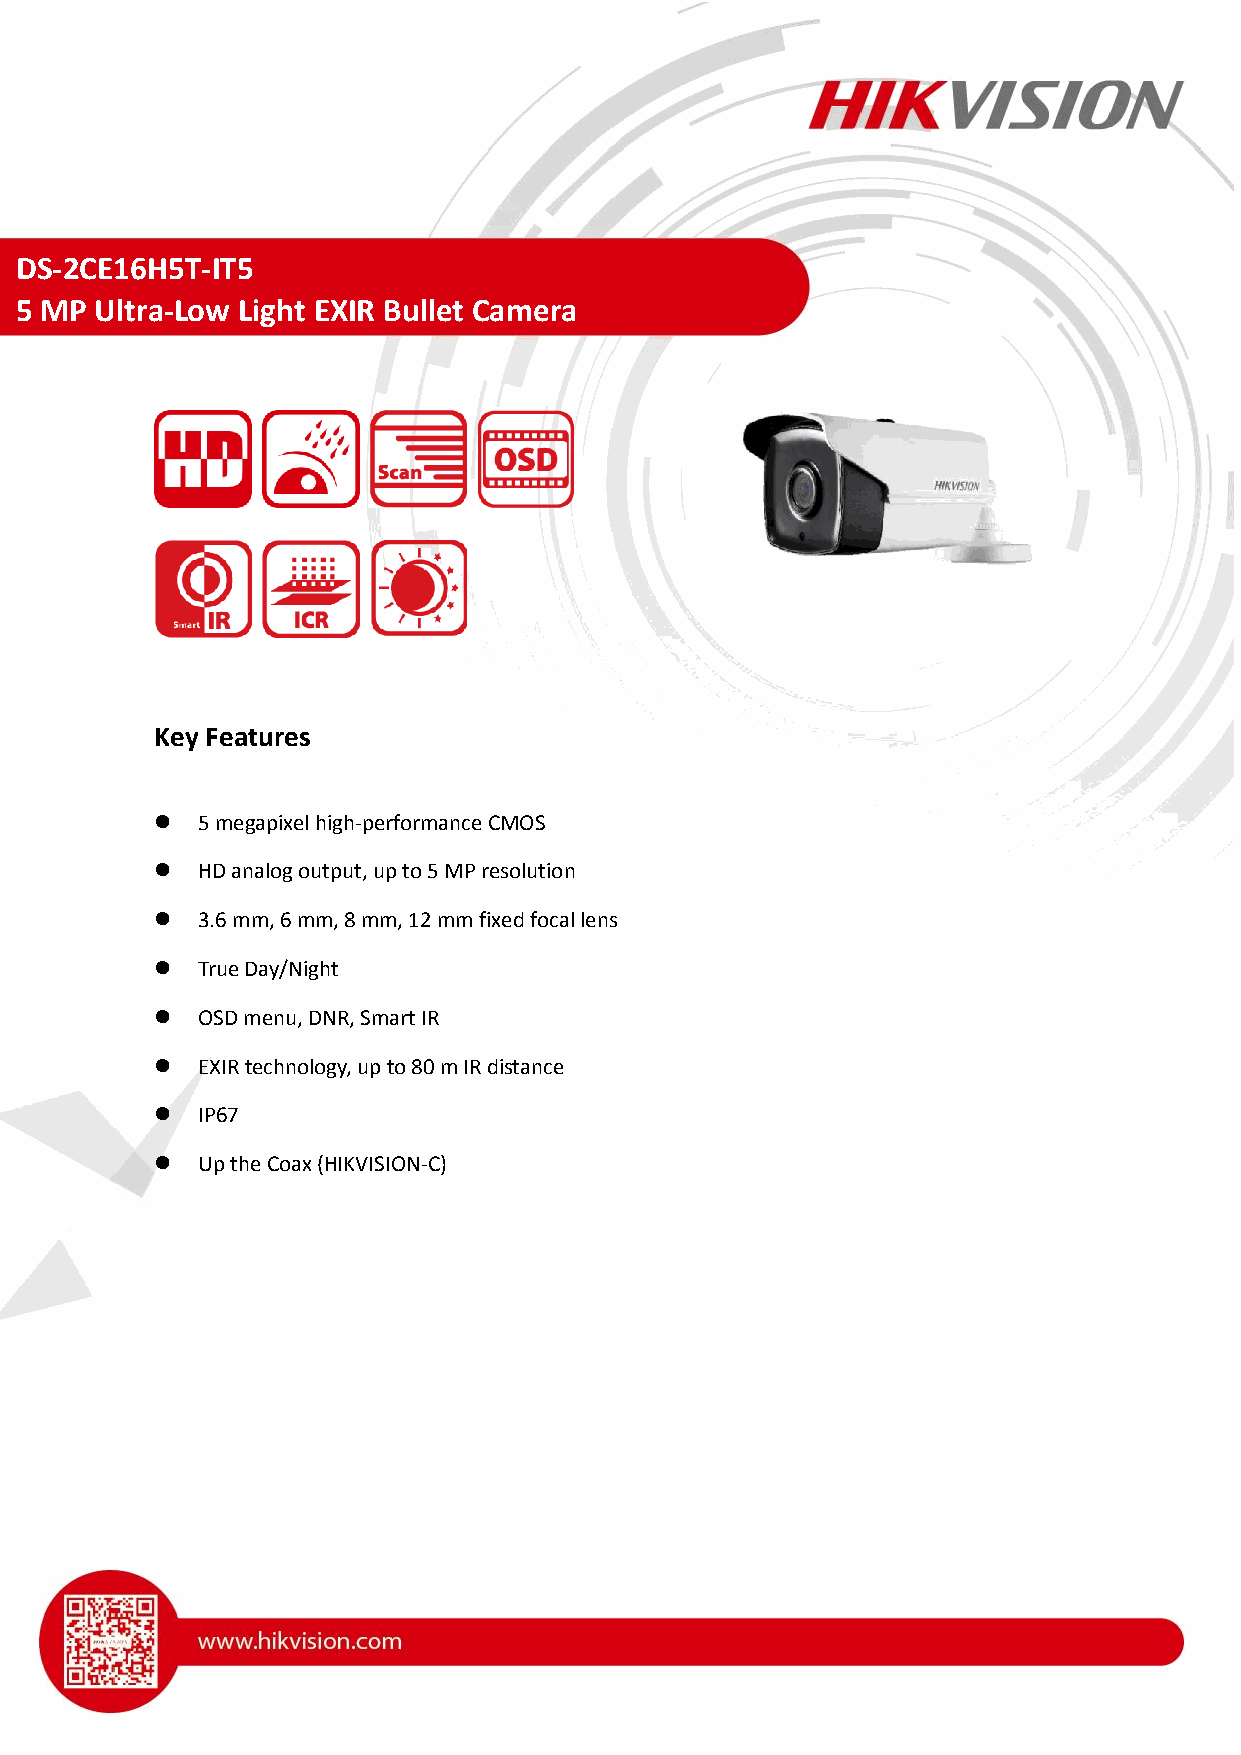
DS-2CE16H5T -IT5
 5 MP Ultra-Low Light EXIR Bullet Camera
 Key Features
   5 megapixel high-performance CMOS
   HD analog output, up to 5 MP resolution
   3.6 mm, 6 mm, 8 mm, 12 mm fixed focal lens
   True Day/Night
   OSD menu, DNR, Smart IR
   EXIR technology, up to 80 m IR distance
   IP67
   Up the Coax (HIKVISION-C)